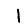
Digit: 1